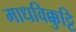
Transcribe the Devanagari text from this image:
माधविक्कुट्टि